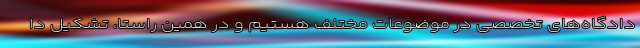
دادگاه‌های تخصصی در موضوعات مختلف هستیم و در همین راستا، تشکیل دا